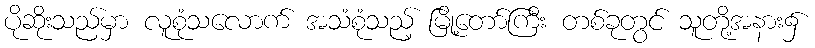
ပိုဆိုးသည်မှာ လူစုံသလောက် အသံစုံသည့် မြို့တော်ကြီး တစ်ခုတွင် သူတို့အနား၌